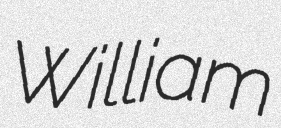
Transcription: William